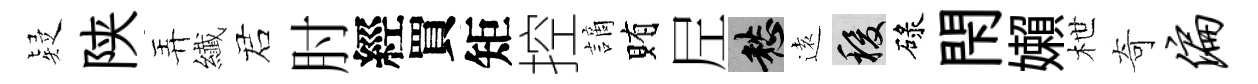
疑陕弄纎诺肘經買矩控謫賄𡰱愁逺稷碌閇嬾枻奇偏